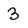
Character: 3